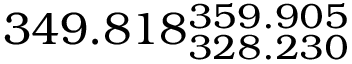
3 4 9 . 8 1 8 _ { 3 2 8 . 2 3 0 } ^ { 3 5 9 . 9 0 5 }